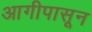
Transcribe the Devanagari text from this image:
आगीपासून